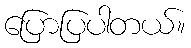
ပြောပြပါတယ်။